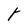
Character: t